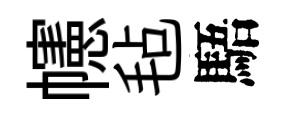
幰毡䮏